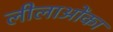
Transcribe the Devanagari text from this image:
लीलाओंका